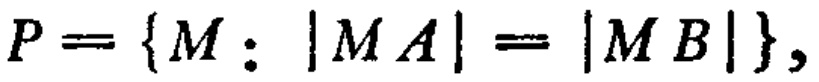
\(P = \{M:\vert MA\vert=\vert MB\vert\}\)